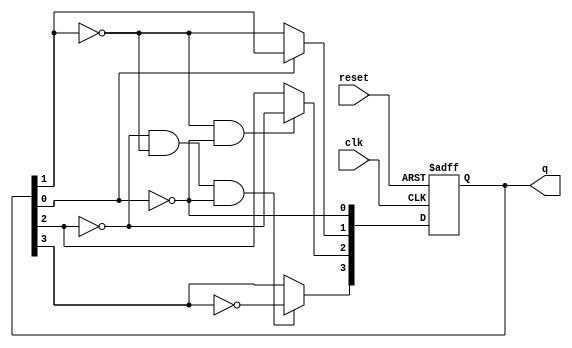
module async_ripple_counter (
    input wire clk,      // Clock input
    input wire reset,    // Asynchronous reset
    output reg [3:0] q   // 4-bit counter output
);

    // T flip-flop logic
    always @(posedge clk or posedge reset) begin
        if (reset) begin
            q <= 4'b0000; // Reset counter to 0
        end else begin
            // Counter logic with ripple effect
            q[0] <= ~q[0];   // Toggle LSB on every clock
            if (q[0] == 1'b0) begin // Check if LSB transitioned from 1 to 0
                q[1] <= ~q[1]; // Toggle second flip-flop
            end
            if (q[1] == 1'b0 && q[0] == 1'b0) begin // Check if both LSB and second flip-flop transitioned from 1 to 0
                q[2] <= ~q[2]; // Toggle third flip-flop
            end
            if (q[2] == 1'b0 && q[1] == 1'b0 && q[0] == 1'b0) begin // Check if all previous flip-flops transitioned from 1 to 0
                q[3] <= ~q[3]; // Toggle MSB
            end
        end
    end

endmodule